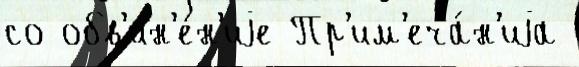
со обв'ин'е́н'иjе Пр'им'еча́н'иjа